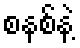
စနစ်နဲ့